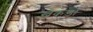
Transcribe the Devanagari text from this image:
खेकड़ा